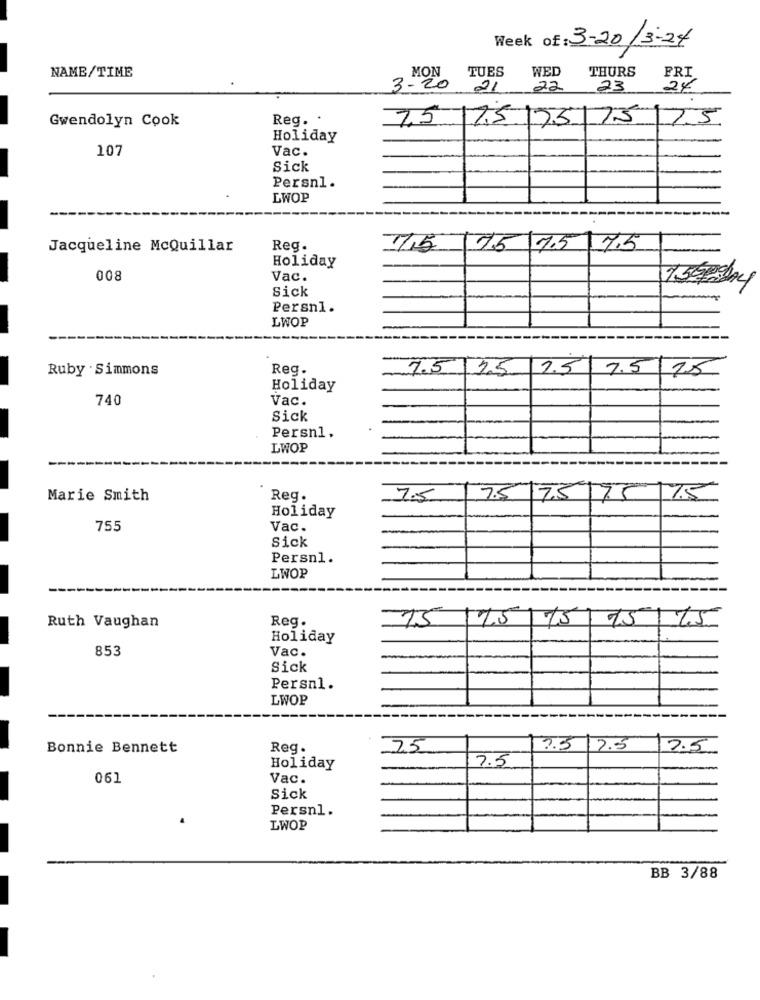
Week of: 3-20/3-24
NAME/TIME
TUES
WED
THURS
MON
FRI
3- 20
21
22
23
24
Gwendolyn Cook
Reg. .
7,5 17,5 175175\7.5
Holiday
107
Vac.
Sick
Persnl.
LWOP
Jacqueline McQuillar
Reg.
7,5 75 7.5 7.5
Holiday
008
Vac.
Sick
Persn1.
LWOP
Ruby . Simmons
Reg.
7.5 15
2.5 7.5
15
Holiday
740
Vac.
Sick
Persn1.
LWOP
Marie Smith
Reg.
7.5
7.5 75 75 7.5
Holiday
755
Vac.
Sick
Persnl.
LWOP
Ruth Vaughan
Reg.
15/15/75 75175
Holiday
853
Vac.
Sick
Persnl.
LWOP
Bonnie Bennett
Reg.
25
3.5
2.5
2.5
7.5
Holiday
061
Vac.
Sick
Persnl.
LWOP
BB 3/88